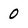
Character: 0